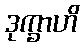
ဒုက္ခာဟိ